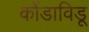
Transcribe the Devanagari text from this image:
कोंडाविडू